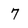
Character: 7